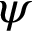
\psi